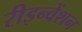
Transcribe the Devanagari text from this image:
रीइन्वेंशन